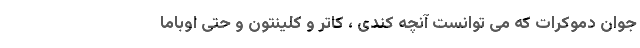
جوان دموکرات که می توانست آنچه کندی ، کاتر و کلینتون و حتی اوباما